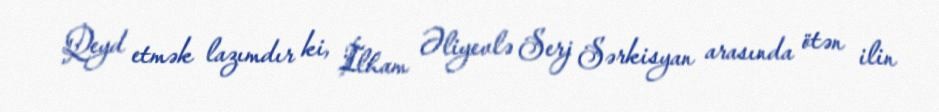
Qeyd etmək lazımdır ki, İlham Əliyevlə Serj Sərkisyan arasında ötən ilin